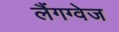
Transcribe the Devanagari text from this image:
लैंगग्वेज